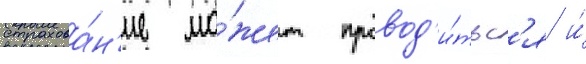
страхова́н'ие мо́жет провод'и́тьс'я и́